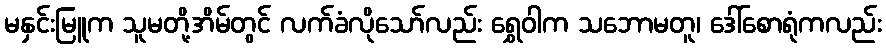
မနှင်းမြူက သူမတို့အိမ်တွင် လက်ခံလိုသော်လည်း ရွှေဝါက သဘောမတူ၊ ဒေါ်စောရုံကလည်း